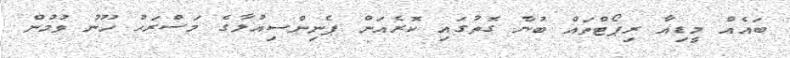
ބައެއް މީޑިއާ ރިޕޯޓްތައް ބުނާ ގޮތުގައި ކޮރެއަން ޕެނިންސިއުލާގެ މަސްރަހު ހޫނު ވުމުން